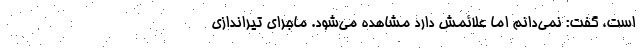
است، گفت: نمی‌دانم اما علائمش دارد مشاهده می‌شود. ماجرای تیراندازی